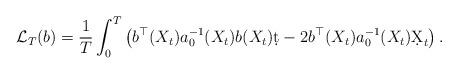
LaTeX: \begin{align*}\mathcal L_T(b)=\frac1T\int_0^T\left(b^\top(X_t)a_0^{-1}(X_t)b(X_t)\d t-2 b^\top(X_t)a_0^{-1}(X_t)\d X_t\right).\end{align*}